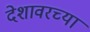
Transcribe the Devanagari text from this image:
देशावरच्या